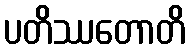
ပတိဿတောတိ